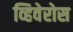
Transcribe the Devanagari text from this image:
व्हिवेरोस